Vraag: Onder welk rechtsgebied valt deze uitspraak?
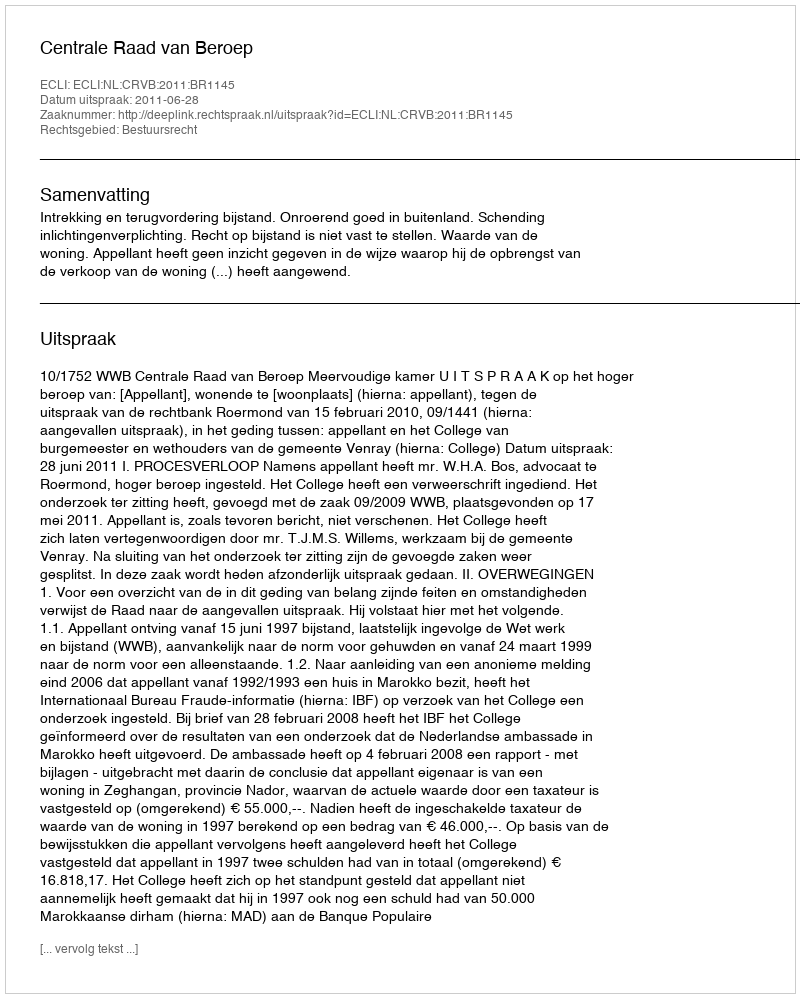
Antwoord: Bestuursrecht